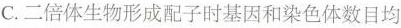
C.二倍体生物形成配子时基因和染色体数目均